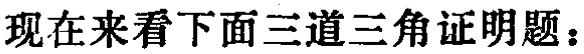
现在来看下面三道三角证明题：